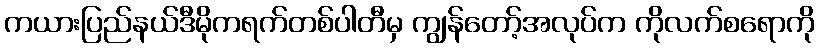
ကယားပြည်နယ်ဒီမိုကရက်တစ်ပါတီမှ ကျွန်တော့်အလုပ်က ကိုလက်စရောကို